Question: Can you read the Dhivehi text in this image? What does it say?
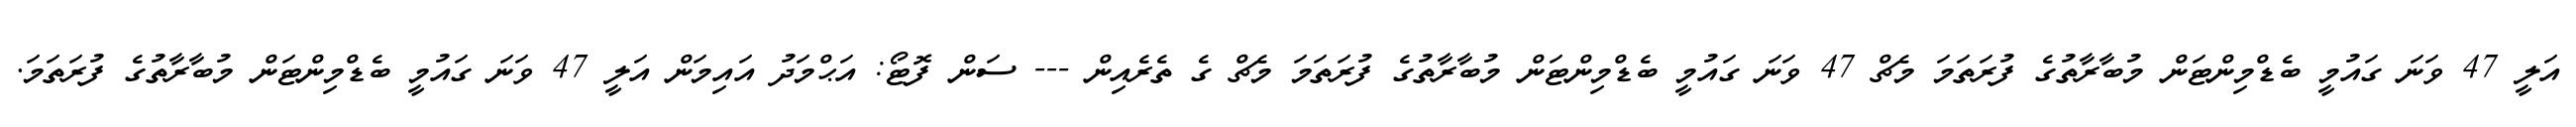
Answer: އަލީ 47 ވަނަ ގައުމީ ބެޑްމިންޓަން މުބާރާތުގެ ފުރަތަމަ މެޗް 47 ވަނަ ގައުމީ ބެޑްމިންޓަން މުބާރާތުގެ ފުރަތަމަ މެޗް ގެ ތެރެއިން --- ސަން ފޮޓޯ: އަޙްމަދު އައިމަން އަލީ 47 ވަނަ ގައުމީ ބެޑްމިންޓަން މުބާރާތުގެ ފުރަތަމަ.